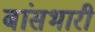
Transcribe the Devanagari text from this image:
बांसभारी